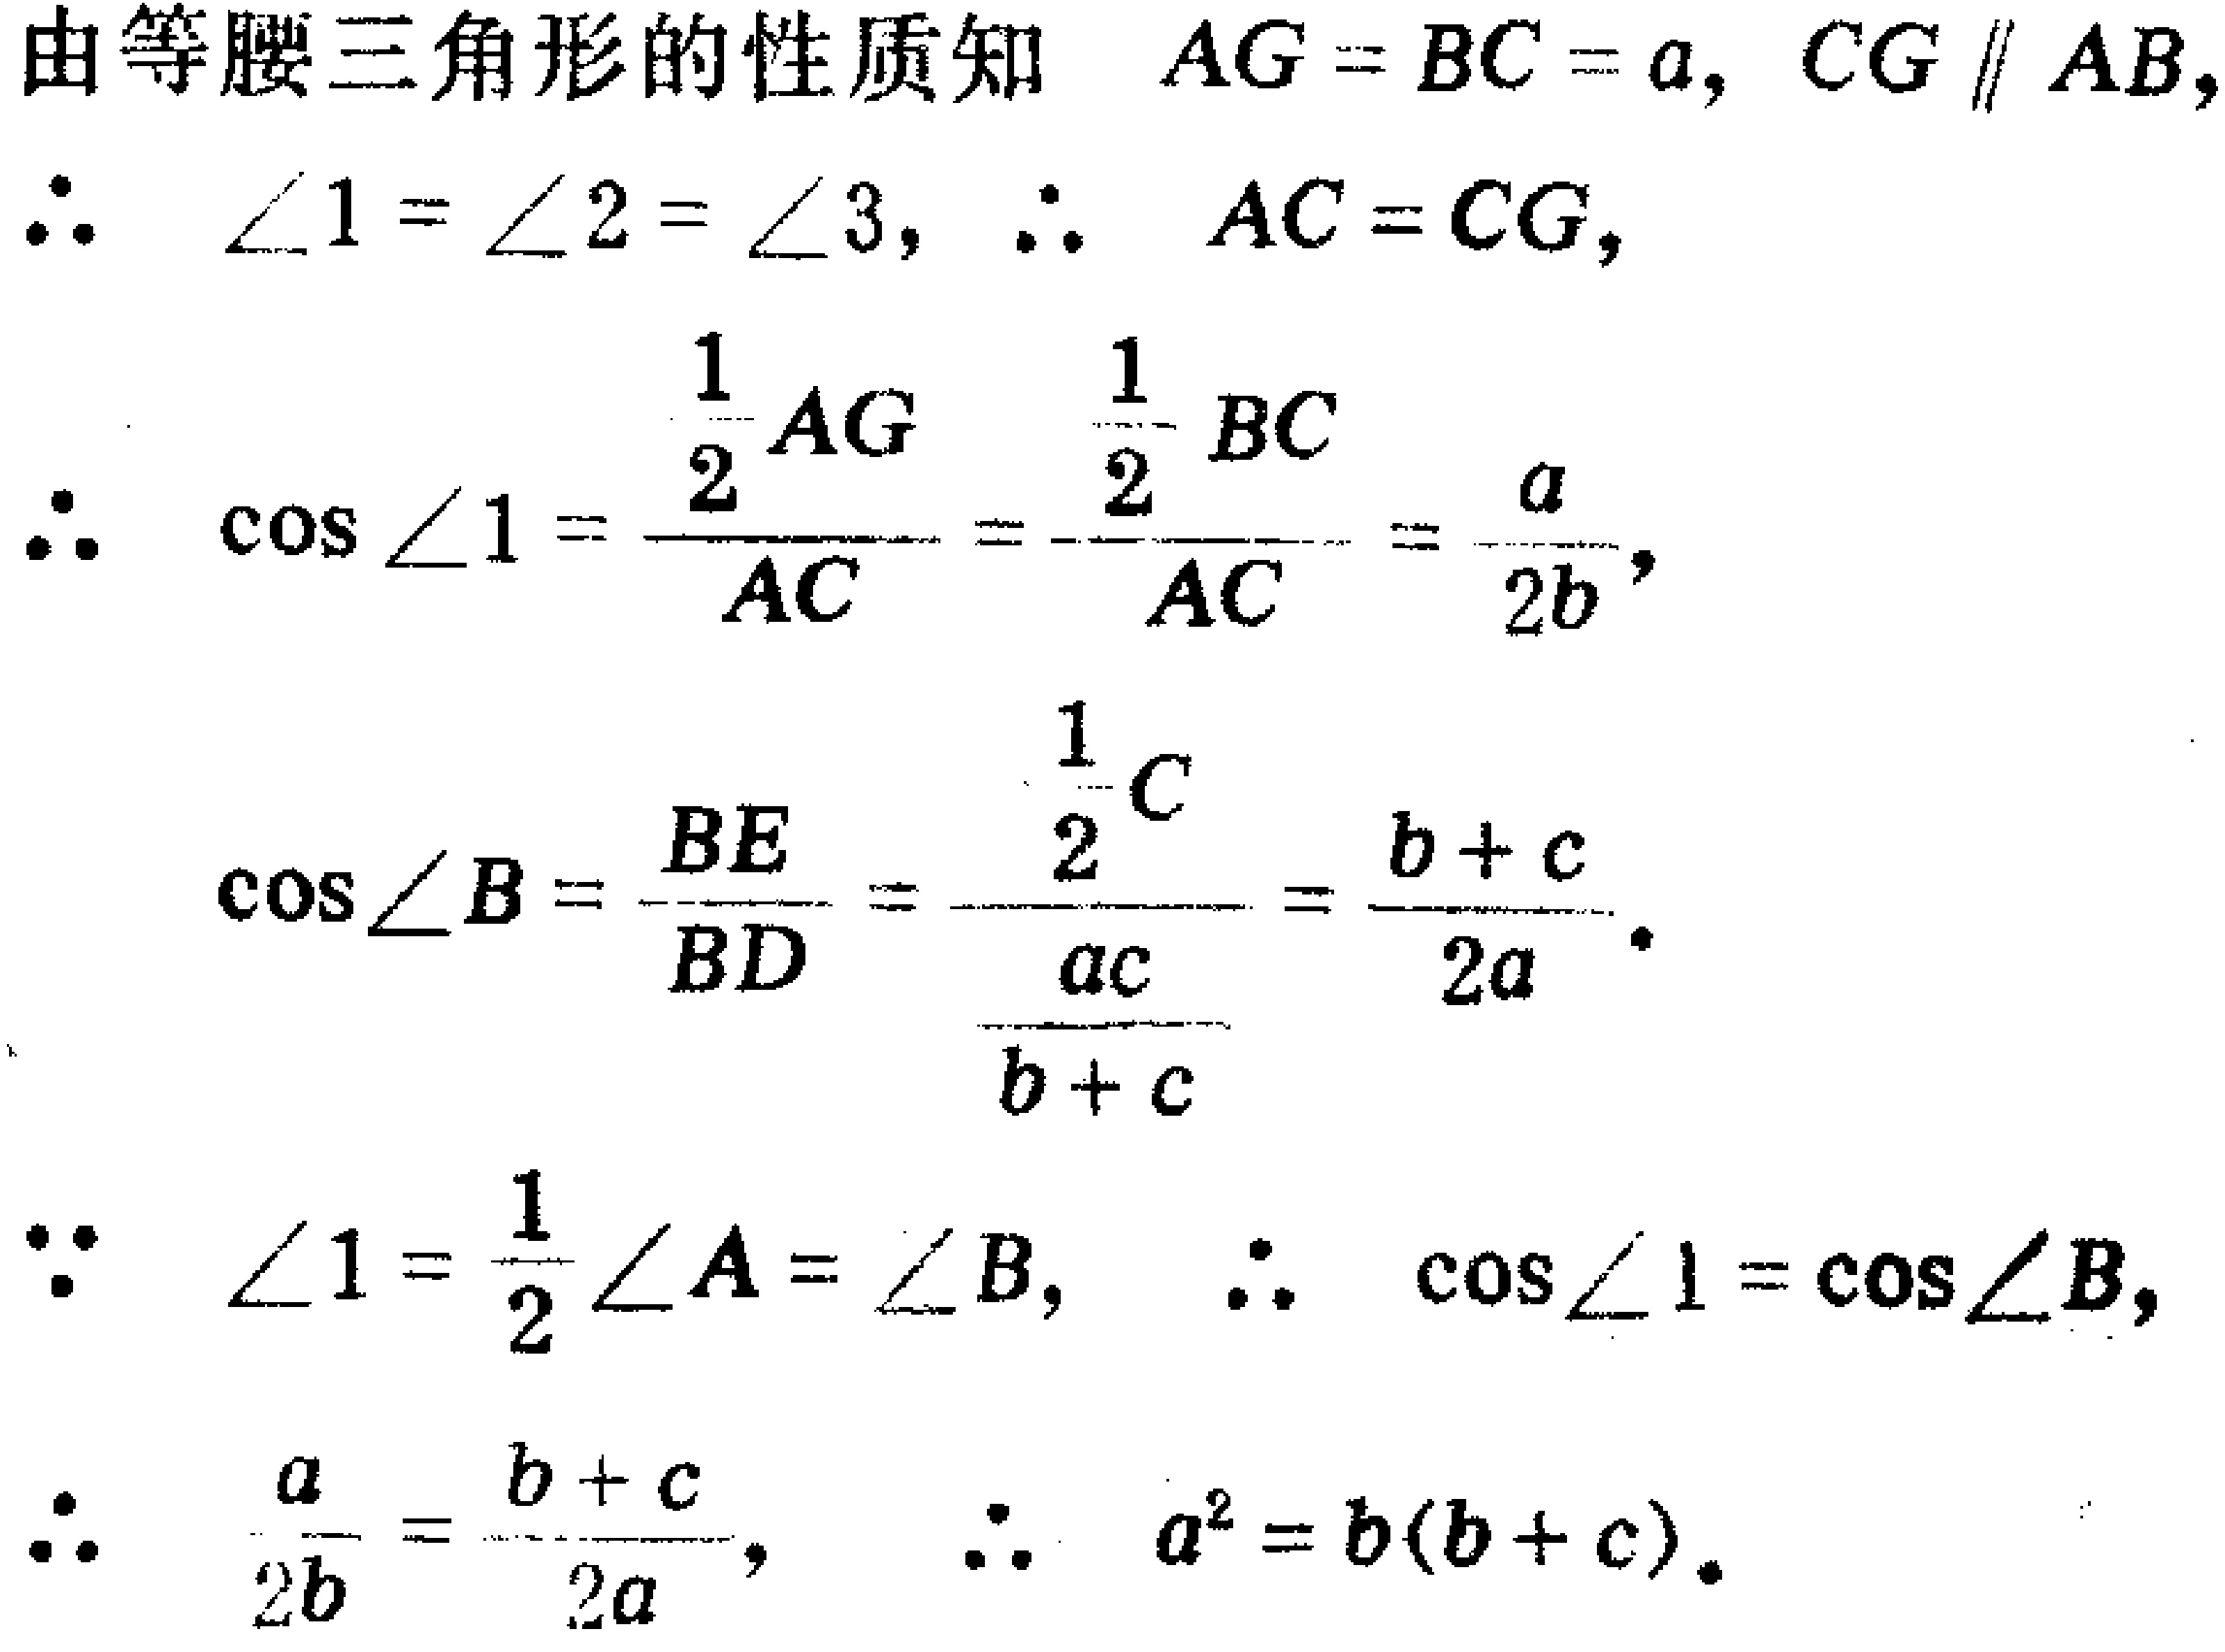
由等腰三角形的性质知 \(AG = BC = a, CG \parallel AB,\)
\(\therefore\) \(\angle1 = \angle2 = \angle3,\) \(\therefore\) \(AC = CG,\)
\(\therefore\) \(\cos\angle1=\frac{\frac{1}{2}AG}{AC}=\frac{\frac{1}{2}BC}{AC}=\frac{a}{2b},\)
\(\cos\angle B=\frac{BE}{BD}=\frac{\frac{1}{2}C}{\frac{ac}{b + c}}=\frac{b + c}{2a}.\)
\(\because\) \(\angle1=\frac{1}{2}\angle A=\angle B,\) \(\therefore\) \(\cos\angle1=\cos\angle B,\)
\(\therefore\) \(\frac{a}{2b}=\frac{b + c}{2a},\) \(\therefore\) \(a^{2}=b(b + c).\)